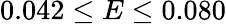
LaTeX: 0.042\leq E\leq 0.080